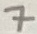
Text: 7